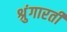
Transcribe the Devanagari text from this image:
श्रुंगारती